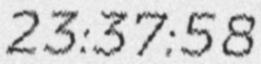
23:37:58